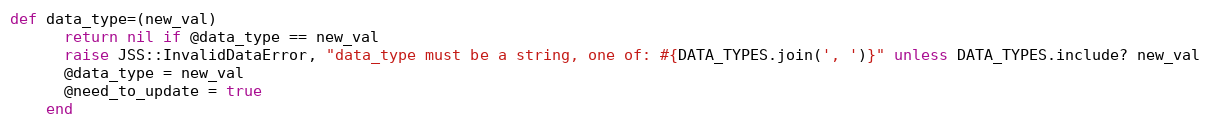
Language: Ruby
def data_type=(new_val)
      return nil if @data_type == new_val
      raise JSS::InvalidDataError, "data_type must be a string, one of: #{DATA_TYPES.join(', ')}" unless DATA_TYPES.include? new_val
      @data_type = new_val
      @need_to_update = true
    end